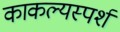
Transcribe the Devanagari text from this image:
काकल्यस्पर्श